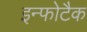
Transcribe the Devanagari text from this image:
इन्फोटैक